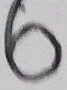
6